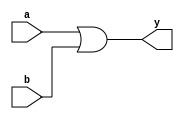
module or_gate(a,b,y);
  input a,b;
  output reg y;
  
  always @(a,b)
    y=a|b;
  
endmodule